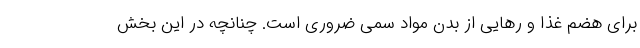
برای هضم غذا و رهایی از بدن مواد سمی ضروری است. چنانچه در این بخش